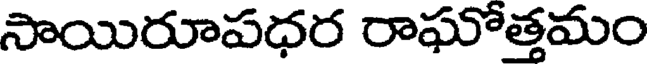
సాయిరూపధర రాఘోత్తమం